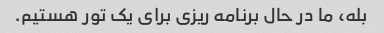
بله، ما در حال برنامه ریزی برای یک تور هستیم.